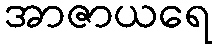
အာဇာယရေ